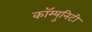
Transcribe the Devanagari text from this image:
कॉम्युनिटी